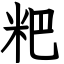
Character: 粑